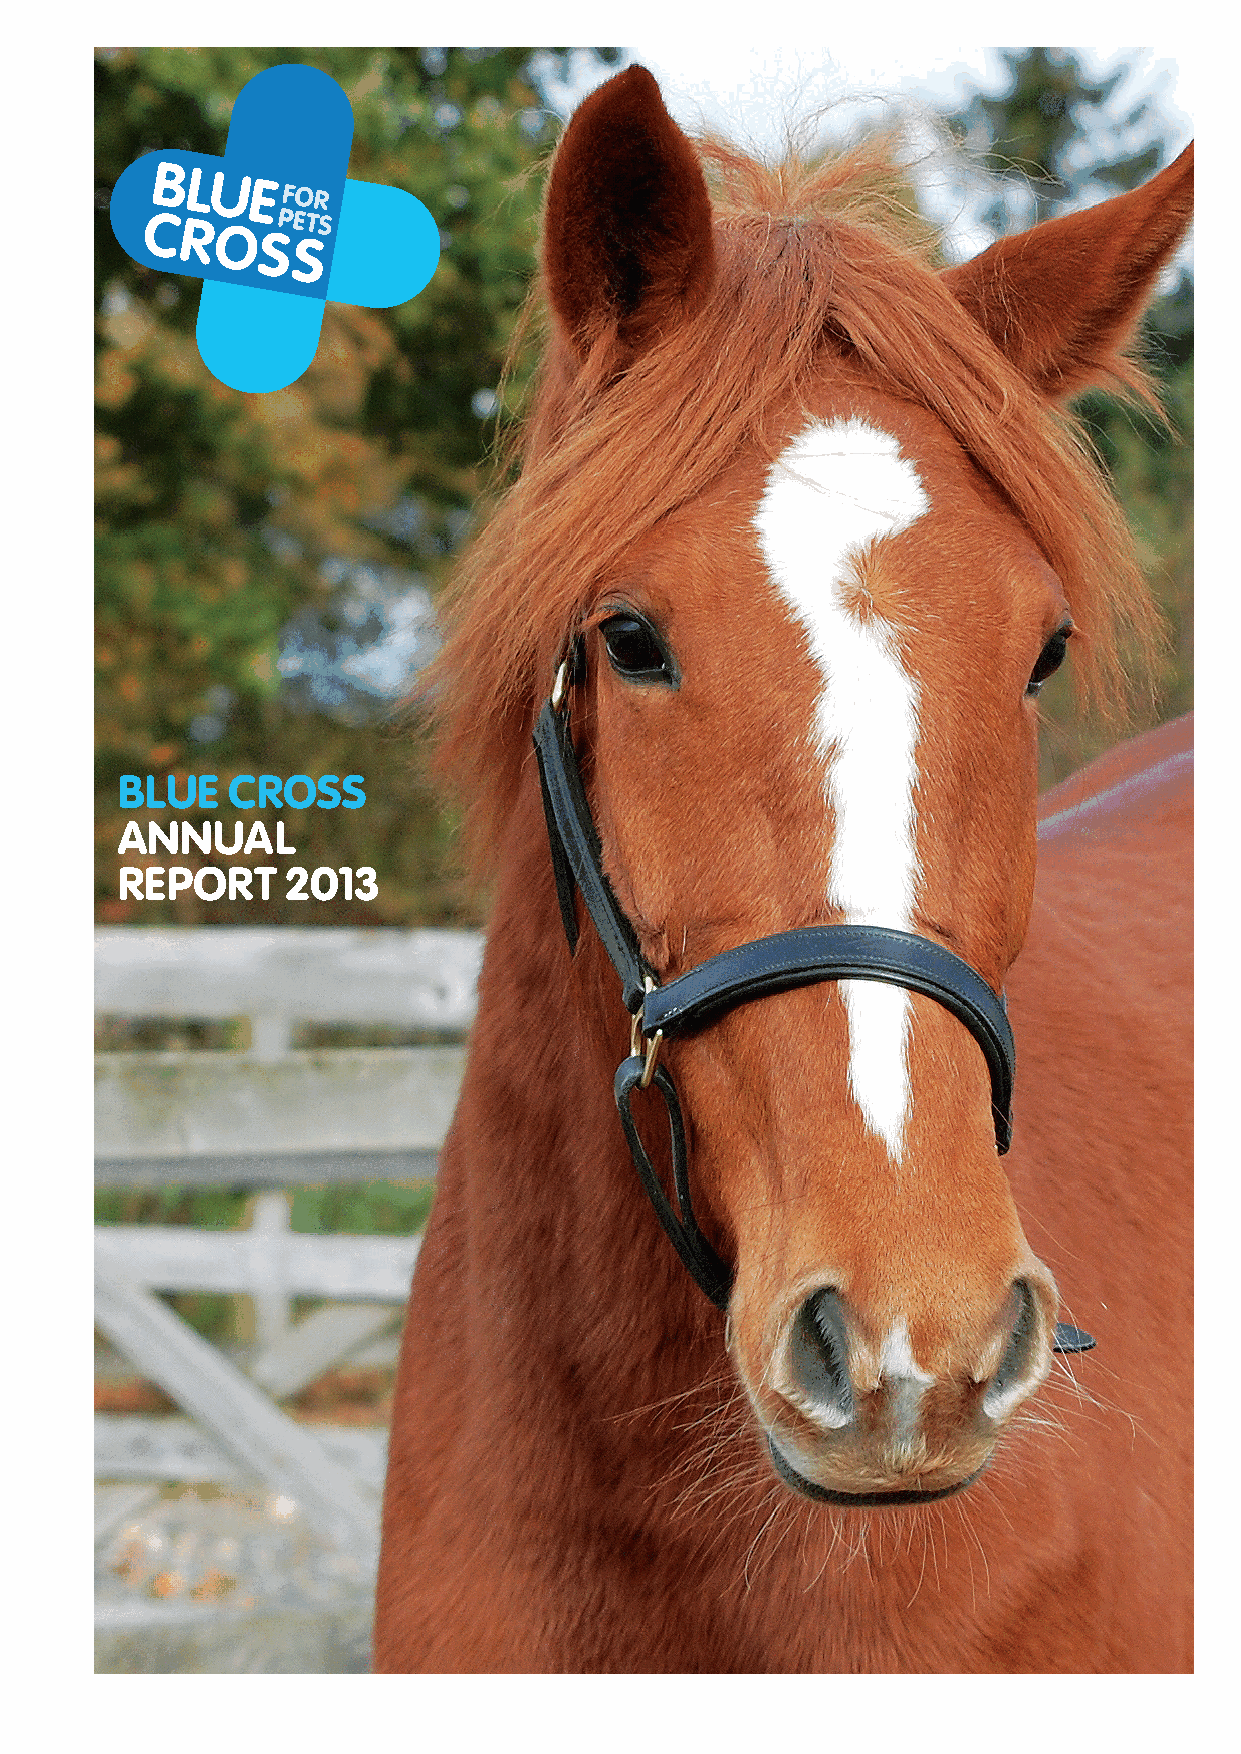
BLUE   CROSS
 ANNUAL
 REPORT     2013